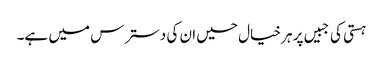
ہستی کی جبیں پر ہر خیال حسیں ان کی دسترس میں ہے۔